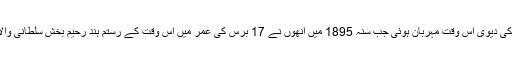
لیکن گاما پہلوان پر قسمت کی دیوی اس وقت مہربان ہوئی جب سنہ 1895 میں انھوں نے 17 برس کی عمر میں اس وقت کے رستم ہند رحیم بخش سلطانی والا کو مقابلے کی دعوت دی۔